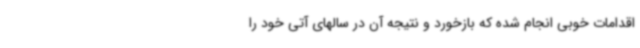
اقدامات خوبی انجام شده که بازخورد و نتیجه آن در سالهای آتی خود را